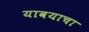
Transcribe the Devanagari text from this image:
यावयाचा